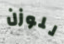
للوزن